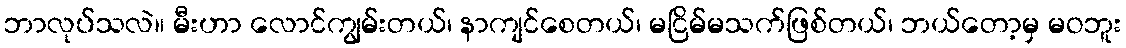
ဘာလုပ်သလဲ။ မီးဟာ လောင်ကျွမ်းတယ်၊ နာကျင်စေတယ်၊ မငြိမ်မသက်ဖြစ်တယ်၊ ဘယ်တော့မှ မဝဘူး